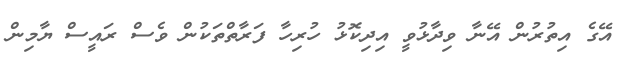
އޭގެ އިތުރުން އޭނާ ވިދާޅުވީ އިދިކޮޅު ހުރިހާ ފަރާތްތަކުން ވެސް ރައީސް ޔާމިން